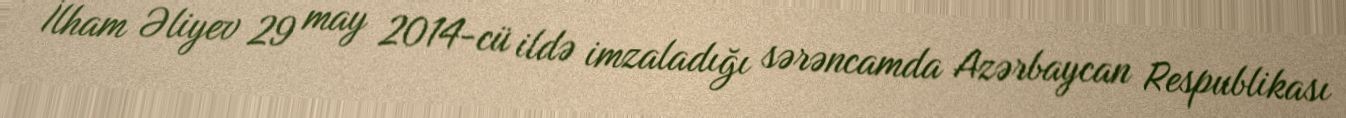
İlham Əliyev 29 may 2014-cü ildə imzaladığı sərəncamda Azərbaycan Respublikası